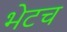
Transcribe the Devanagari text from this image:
भेटच